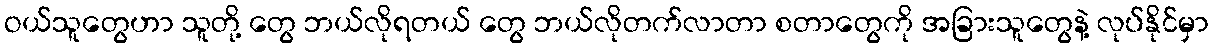
ဝယ်သူတွေဟာ သူတို့ တွေ ဘယ်လိုရတယ် တွေ ဘယ်လိုတက်လာတာ စတာတွေကို အခြားသူတွေနဲ့ လုပ်နိုင်မှာ